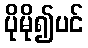
ပိုမို၍ပင်